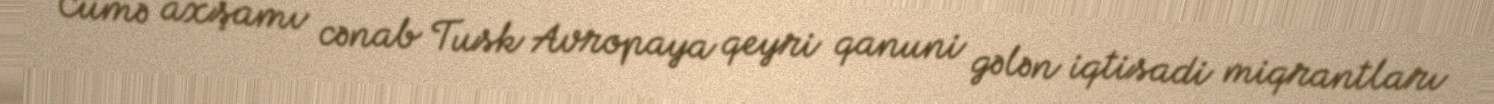
Cümə axşamı cənab Tusk Avropaya qeyri qanuni gələn iqtisadi miqrantları